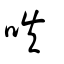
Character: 呹